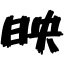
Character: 映